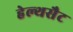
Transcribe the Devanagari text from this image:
हेल्थसैट